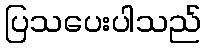
ပြသပေးပါသည်